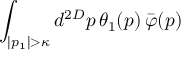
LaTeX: \int _ { | p _ { 1 } | > \kappa } d ^ { 2 D } p \, \theta _ { 1 } ( p ) \, \bar { \varphi } ( p )